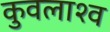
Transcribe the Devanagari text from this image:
कुवलाश्व